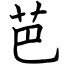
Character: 芭